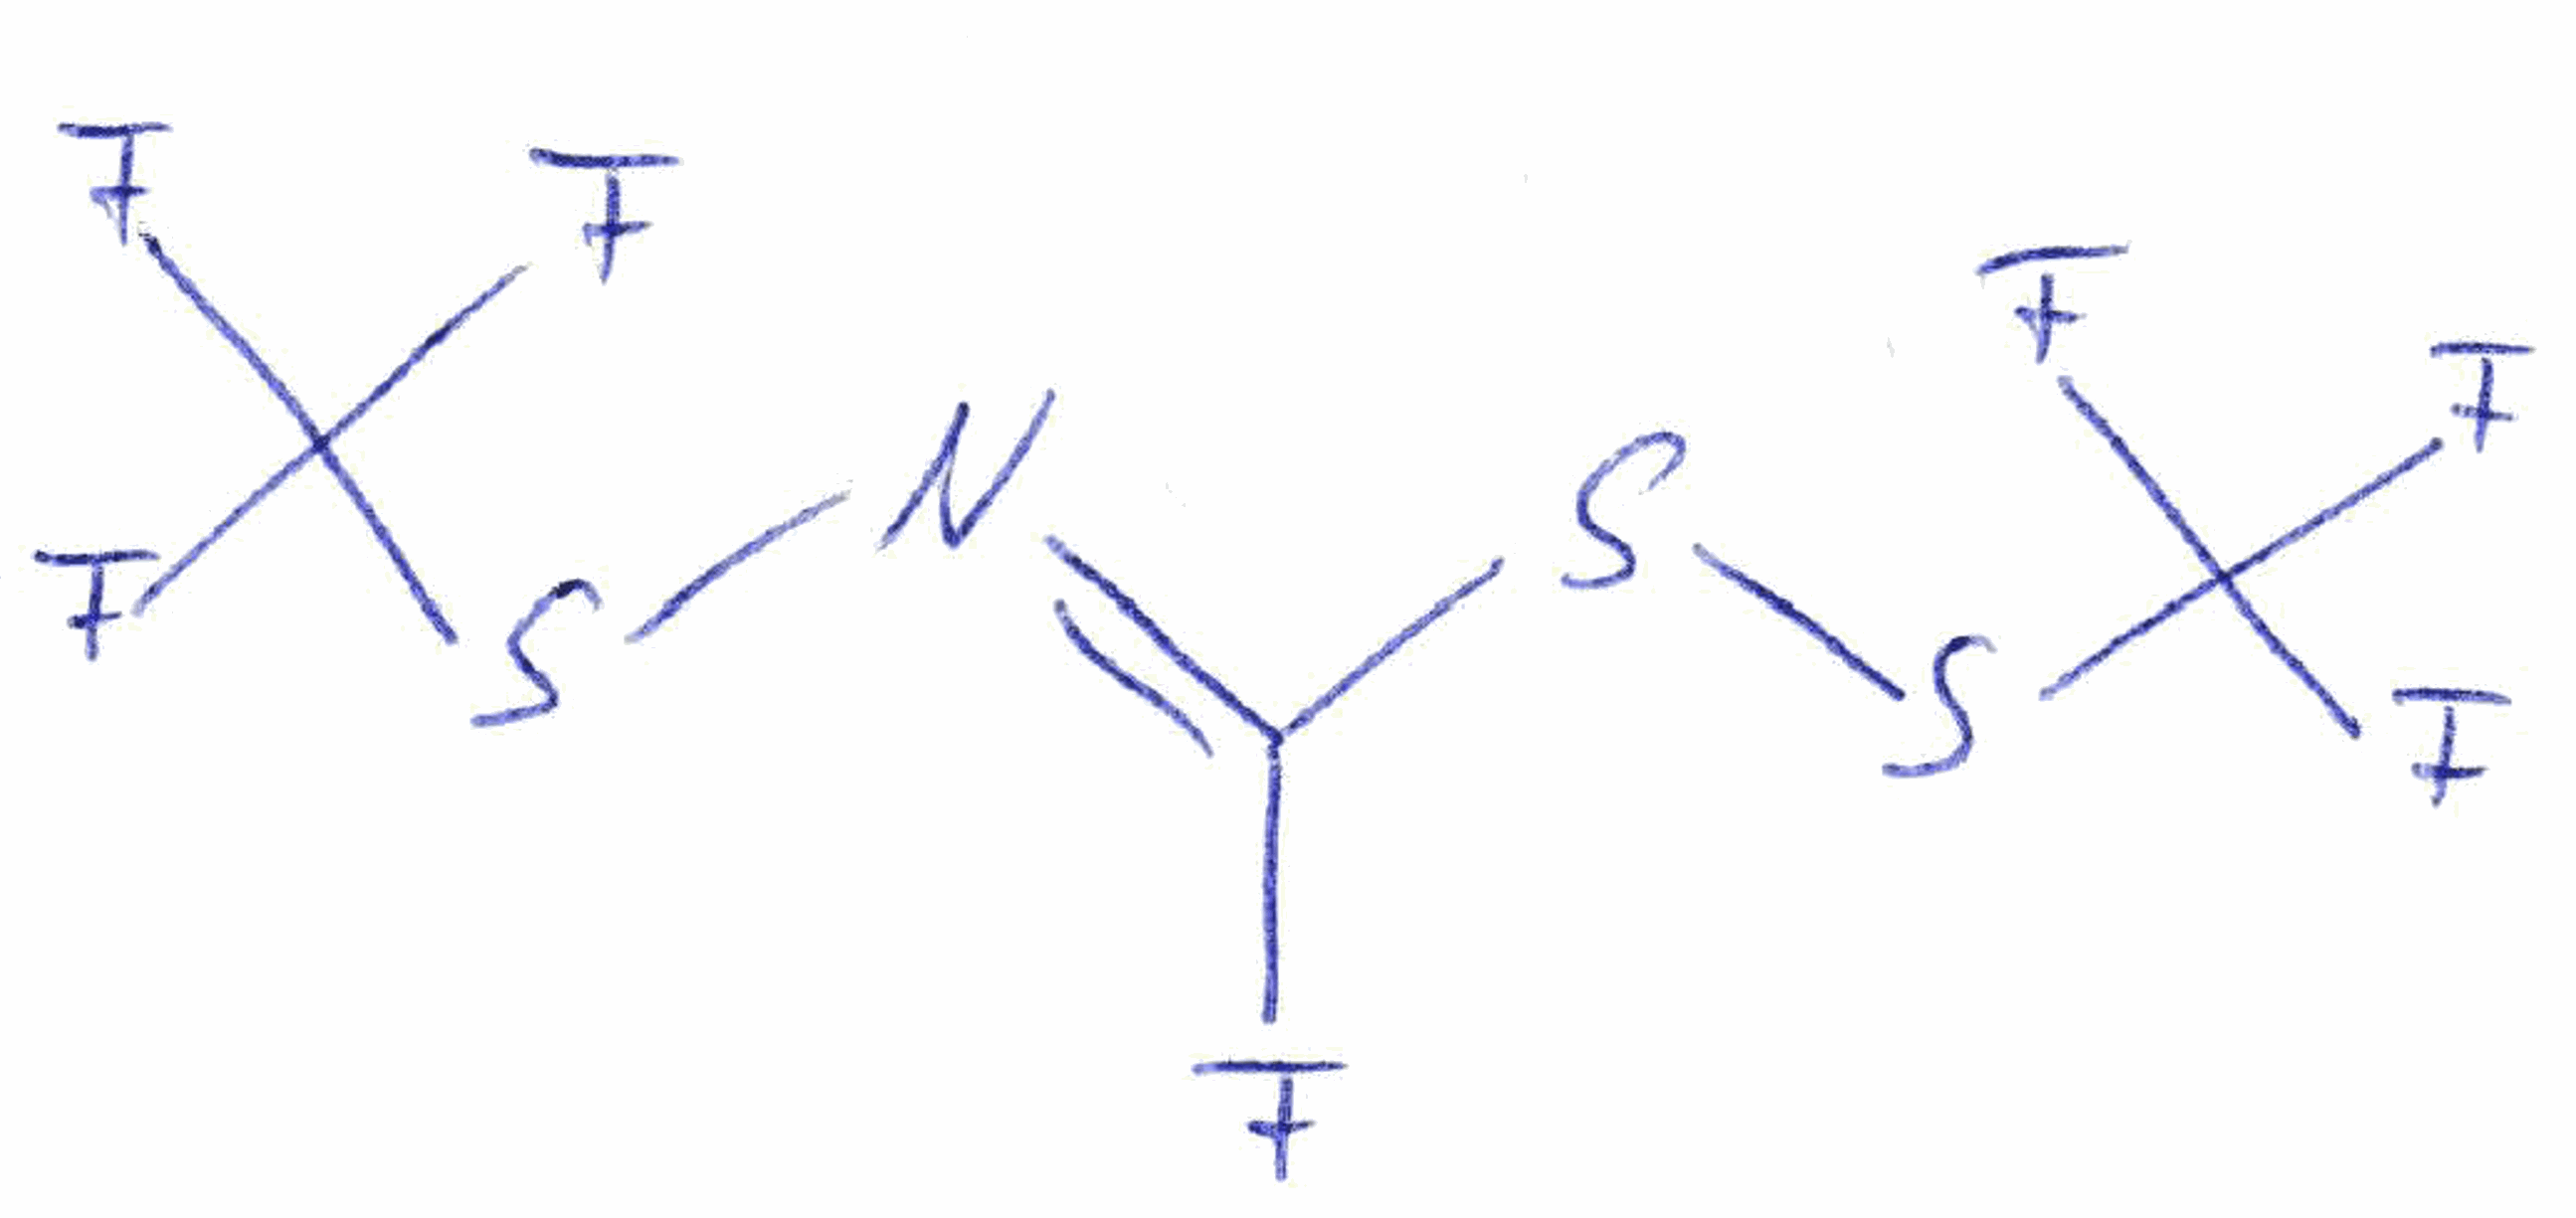
Simplified molecular-input line-entry system (SMILES) notation of the given molecule:
C(=N\SC(F)(F)F)(\F)/SSC(F)(F)F